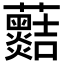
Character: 𧅡